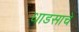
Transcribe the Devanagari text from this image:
धाडसाचे